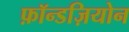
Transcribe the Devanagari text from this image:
फ़ॉन्डज़ियोन